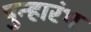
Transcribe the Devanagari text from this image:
पुन्हारंभ